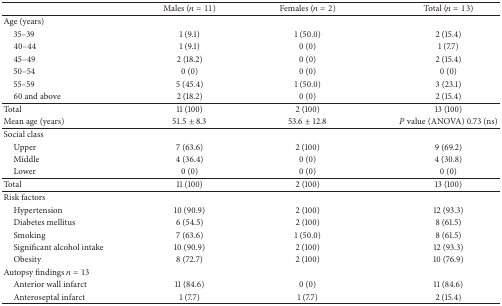
<table><thead><tr><td><b> </b></td><td><b>Males (<i>n</i> = 11)</b></td><td><b>Females (<i>n</i> = 2)</b></td><td><b>Total (<i>n</i> = 13)</b></td></tr></thead><tbody><tr><td>Age (years)</td><td> </td><td> </td><td> </td></tr><tr><td> 35–39</td><td>1 (9.1)</td><td>1 (50.0)</td><td>2 (15.4)</td></tr><tr><td> 40–44</td><td>1 (9.1)</td><td>0 (0)</td><td>1 (7.7)</td></tr><tr><td> 45–49</td><td>2 (18.2)</td><td>0 (0)</td><td>2 (15.4)</td></tr><tr><td> 50–54</td><td>0 (0)</td><td>0 (0)</td><td>0 (0)</td></tr><tr><td> 55–59</td><td>5 (45.4) </td><td>1 (50.0)</td><td>3 (23.1)</td></tr><tr><td> 60 and above</td><td>2 (18.2)</td><td>0 (0)</td><td>2 (15.4)</td></tr><tr><td>Total</td><td>11 (100)</td><td>2 (100)</td><td>13 (100)</td></tr><tr><td>Mean age (years)</td><td>51.5 ± 8.3</td><td>53.6 ± 12.8</td><td><i>P</i> value (ANOVA) 0.73 (ns)</td></tr><tr><td>Social class</td><td> </td><td> </td><td> </td></tr><tr><td> Upper </td><td>7 (63.6)</td><td>2 (100)</td><td>9 (69.2)</td></tr><tr><td> Middle </td><td>4 (36.4)</td><td>0 (0)</td><td>4 (30.8)</td></tr><tr><td> Lower </td><td>0 (0)</td><td>0 (0)</td><td>0 (0)</td></tr><tr><td>Total</td><td>11 (100)</td><td>2 (100)</td><td>13 (100)</td></tr><tr><td>Risk factors</td><td> </td><td> </td><td> </td></tr><tr><td> Hypertension </td><td>10 (90.9)</td><td>2 (100)</td><td>12 (93.3)</td></tr><tr><td> Diabetes mellitus</td><td>6 (54.5)</td><td>2 (100)</td><td>8 (61.5)</td></tr><tr><td> Smoking </td><td>7 (63.6)</td><td>1 (50.0)</td><td>8 (61.5)</td></tr><tr><td> Significant alcohol intake</td><td>10 (90.9)</td><td>2 (100)</td><td>12 (93.3)</td></tr><tr><td> Obesity </td><td>8 (72.7)</td><td>2 (100)</td><td>10 (76.9)</td></tr><tr><td>Autopsy findings <i>n</i> = 13</td><td> </td><td> </td><td> </td></tr><tr><td> Anterior wall infarct</td><td>11 (84.6)</td><td>0 (0)</td><td>11 (84.6)</td></tr><tr><td> Anteroseptal infarct</td><td>1 (7.7)</td><td>1 (7.7)</td><td>2 (15.4)</td></tr></tbody></table>